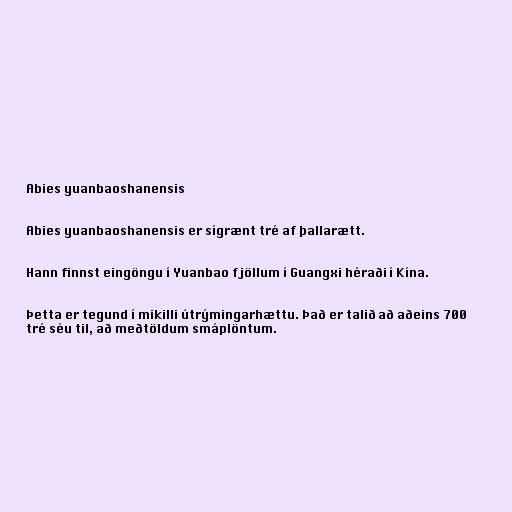
Abies yuanbaoshanensis

Abies yuanbaoshanensis er sígrænt tré af þallarætt.

Hann finnst eingöngu í Yuanbao fjöllum í Guangxi héraði í Kína.

Þetta er tegund í mikilli útrýmingarhættu. Það er talið að aðeins 700
tré séu til, að meðtöldum smáplöntum.